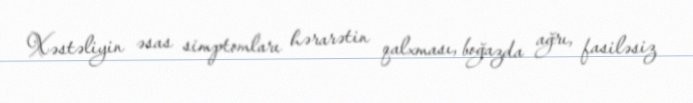
Xəstəliyin əsas simptomları hərarətin qalxması, boğazda ağrı, fasiləsiz